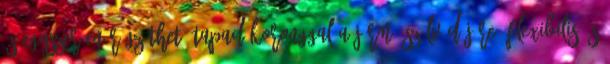
és egyszerűen rögzíthető tapadókoronggal a jármű szélvédőjére. Flexibilis és